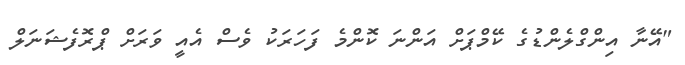
"އޭނާ އިންގްލެންޑުގެ ކޭމްޕަށް އަންނަ ކޮންމެ ފަހަރަކު ވެސް އެއީ ވަރަށް ޕްރޮފެޝަނަލް